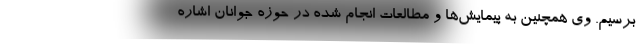
برسیم. وی همچنین به پیمایش‌ها و مطالعات انجام شده در حوزه جوانان اشاره